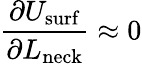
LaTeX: \frac{\partial U_{\mathrm{surf}}}{\partial L_{\mathrm{neck}}}\approx 0